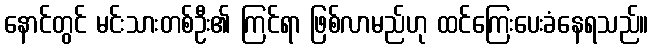
နောင်တွင် မင်းသားတစ်ဦး၏ ကြင်ရာ ဖြစ်လာမည်ဟု ထင်ကြေးပေးခံနေရသည်။